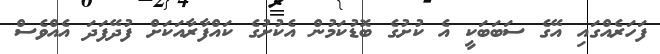
ފަހަރެއްގައި އޭގެ ސަބަބަކީ އެ ކުށުގެ ބޮޑުކަމުން އެކުށުގެ ކައްފާރާއަކަށް ފުދޭފަދަ އެއްވެސް